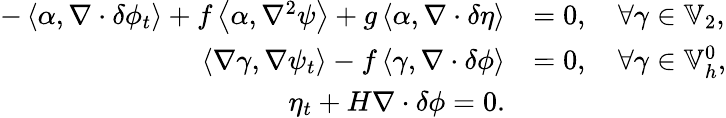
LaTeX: \begin{array}{rl}{-\left\langle\alpha,\nabla\cdot\delta\phi_{t}\right\rangle+f\left\langle\alpha,\nabla^{2}\psi\right\rangle+g\left\langle\alpha,\nabla\cdot\delta\eta\right\rangle}&{=0,\quad\forall\gamma\in\mathbb{V}_{2},}\\ {\left\langle\nabla\gamma,\nabla\psi_{t}\right\rangle-f\left\langle\gamma,\nabla\cdot\delta\phi\right\rangle}&{=0,\quad\forall\gamma\in\mathbb{V}_{h}^{0},}\\ {\eta_{t}+H\nabla\cdot\delta\phi=0.}\end{array}